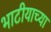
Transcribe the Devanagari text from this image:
भाटीयाच्या